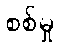
စစ်မှု